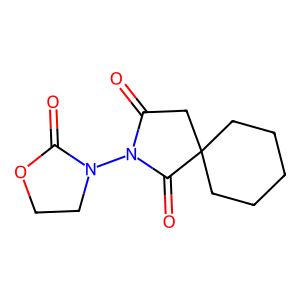
SMILES: O=C1OCCN1N1C(=O)CC2(CCCCC2)C1=O
Inhibits HIV replication: No